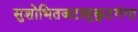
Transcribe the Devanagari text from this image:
सुशोभितजटामुकुटगंगा